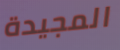
المجيدة